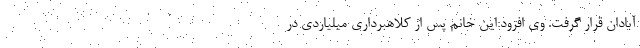
آبادان قرار گرفت. وی افزود:این خانم پس از کلاهبرداری میلیاردی در